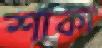
শাকা